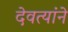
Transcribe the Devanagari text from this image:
देवत्यांने